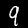
Label: 9